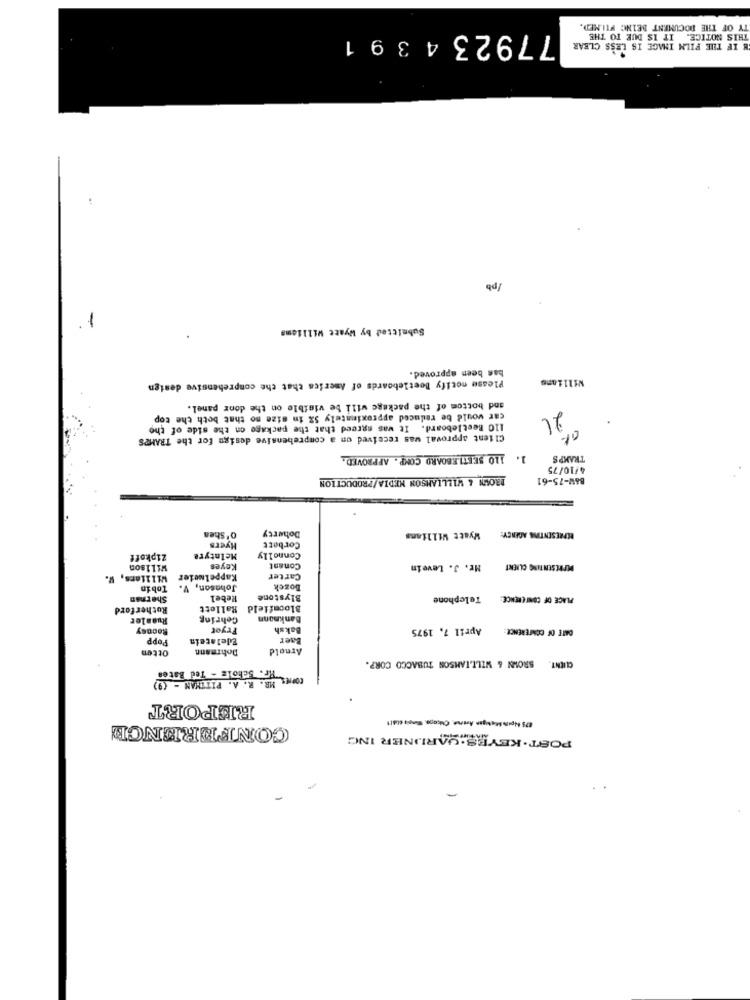
TY OF THE DOCUMENT BEING WILMED.
77923 4 3 91
THIS NOTICE. IT IS DUE TO THE
H IF THE FILM IMAGE IS LESS CLEAR
/pb
Submitted by Wyatt Williams
bas been approved.
Williams
Please notify Beetleboards of America that che comprehensive design
and bottom of the package will be visible on the door panel.
car would be reduced approximately 5% in mize no that both the top
21
110 Beetleboard. It was agreed that the package on the side of the
Client approval was received on a comprehensive design for the TRAMPS
110 SEETI.EBOARD COMP. APPROVED.
1.
TRAKPS
4/10/75
BROWN & WILLIAMSON MEDIA/PRODUCTION
B&W-75-61
Doherty
O'Shen
Wyatt Williams
REPRESENTING AGENCY:
Hyers
Corbett
Z1pkoff
Melntyre
Connolly
Willson
Keyes
Conant
Mr. J. Levein
MPRESENTING CLIENT
Willlars, W.
Kappelneler
Carter
Tobin
Johnson,
Bozck
Shernan
Hebel
Blystone
Telephone
PLACE OF CONFERENCE:
Rutherford
Ballett
Bloomfield
Ruanler
Cehring
Bankmonn
Rooney
Fryot
Baksh
April 7, 1975
DATE OF CONFERENCE:
Popp
Edelstein
Baer
Otten
Dohrmann
Arnold
CLIENT. SROWN & WILLIAMSON TUBACCO CORP.
COPIES RF. Scholz - Ted Bater
REPORT
CONFERENCE
POST . KEYES: SARDINER ING